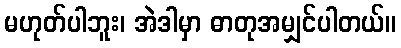
မဟုတ်ပါဘူး၊ အဲဒါမှာ ဓာတုအမျှင်ပါတယ်။